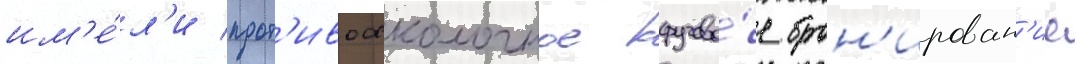
им'е́л'и прот'ивоосколочное кругово́е брон'ирован'ие